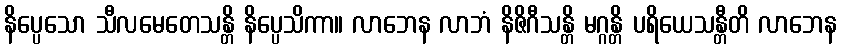
နိပ္ပေသော သီလမေတေသန္တိ နိပ္ပေသိကာ။ လာဘေန လာဘံ နိဇိဂီသန္တိ မဂ္ဂန္တိ ပရိယေသန္တီတိ လာဘေန